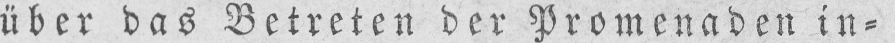
über das Betreten der Promenaden in⸗